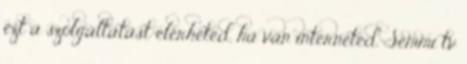
ezt a szolgáltatást elérheted, ha van interneted. Semmi tv